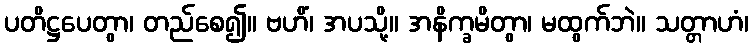
ပတိဋ္ဌပေတွာ၊ တည်စေ၍။ ဗဟိံ၊ အပသို့။ အနိက္ခမိတွာ၊ မထွက်ဘဲ။ သတ္တာဟံ၊